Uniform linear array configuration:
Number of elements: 64
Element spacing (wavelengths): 0.75
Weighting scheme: kaiser
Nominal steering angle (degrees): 30
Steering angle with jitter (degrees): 30.124
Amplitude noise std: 0.05
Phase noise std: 0.05

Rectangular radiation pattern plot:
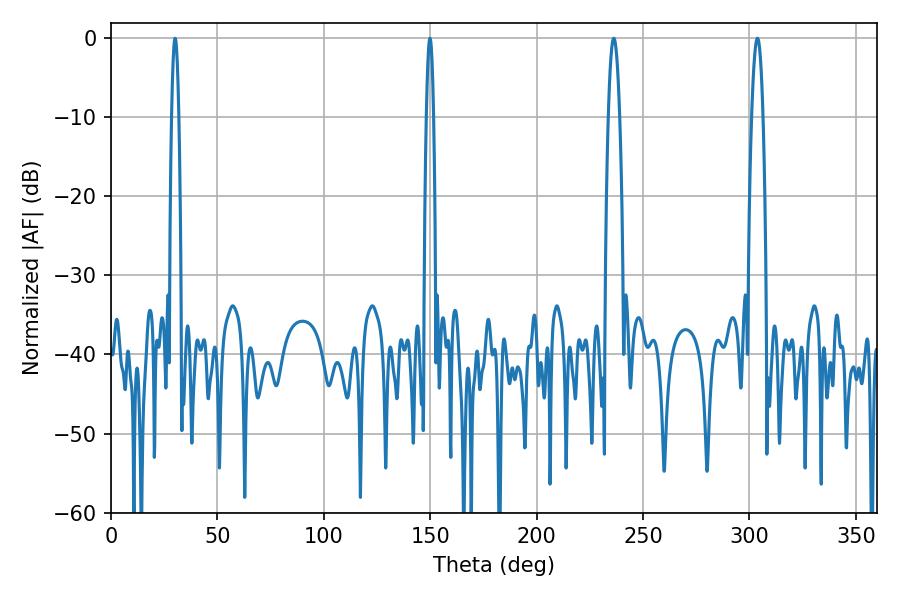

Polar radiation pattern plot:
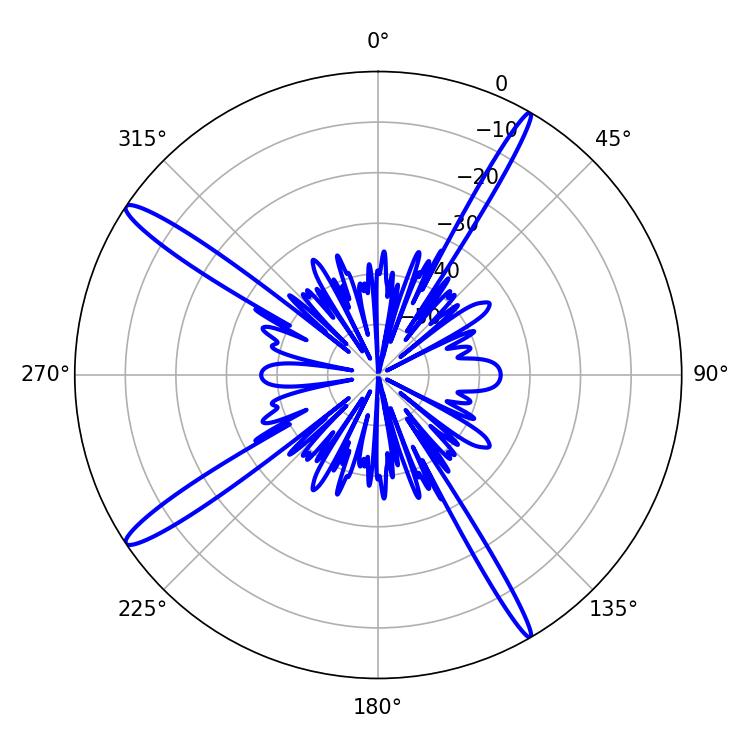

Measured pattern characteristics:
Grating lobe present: TRUE
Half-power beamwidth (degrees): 2.88
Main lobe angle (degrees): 236.16